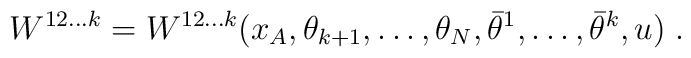
W^{12\ldots k} =  W^{12\ldots k}(x_A,\theta_{k+1},\ldots,\theta_{N},\bar\theta^1,\ldots,\bar\theta^k, u)\;.